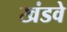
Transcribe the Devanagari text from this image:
खंडवे